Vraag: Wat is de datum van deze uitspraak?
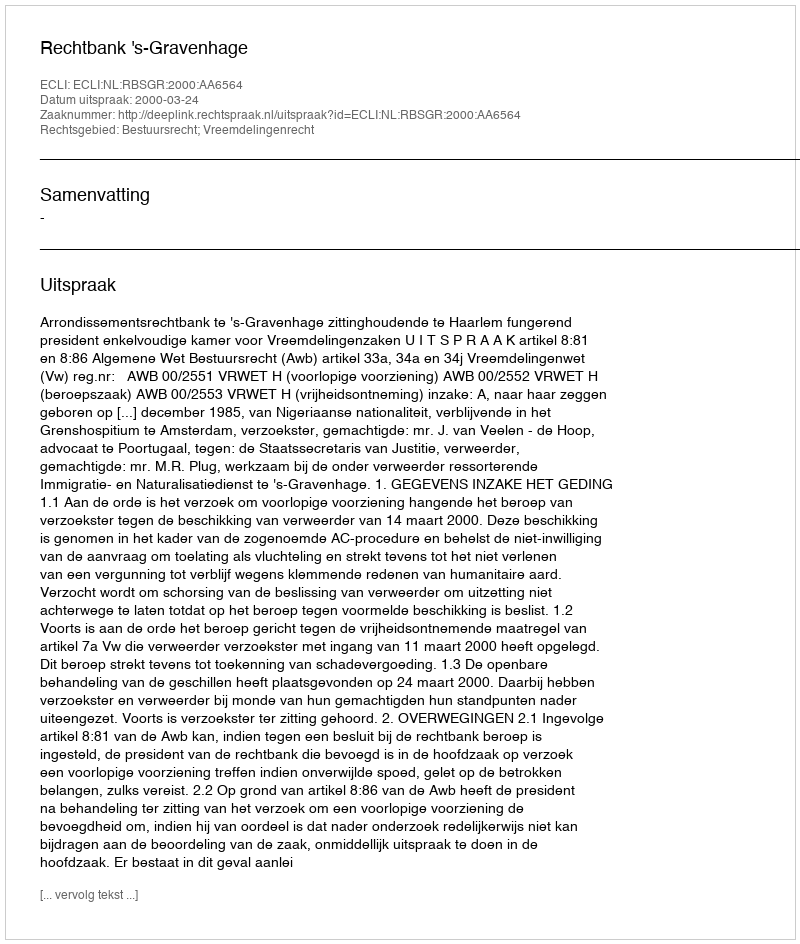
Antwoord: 2000-03-24